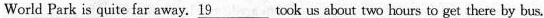
World Park is quite far away. 19___ took us about two hours to get there by bus.